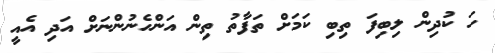
ހަ ކުދިން ލިބިފަ ތިބި ކަމަށް ތަފާތު ތިން އަންހެނުންނަށް އަދި އެއީ